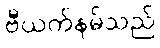
ဗီယက်နမ်သည်